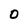
Character: 0